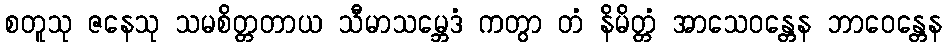
စတူသု ဇနေသု သမစိတ္တတာယ သီမာသမ္ဘေဒံ ကတွာ တံ နိမိတ္တံ အာသေဝန္တေန ဘာဝေန္တေန